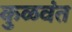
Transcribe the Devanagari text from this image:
कुळवंत